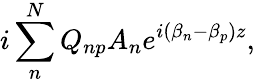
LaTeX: i\sum_{n}^{N}Q_{np}A_{n}e^{i(\beta_{n}-\beta_{p})z},